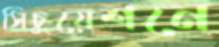
সিচুয়েশনে